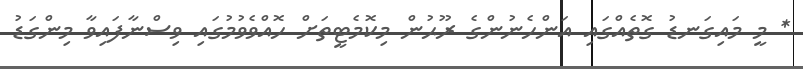
* މީ މައިގަނޑު ގޮތެއްގައި އަންހެނުންގެ ރޫޙުން މިކޮމެޓީތަށް ހޮއްވެވުމުގައި ވިސްނާފައިވާ މިންގަޑު